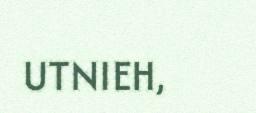
UTNIEH,